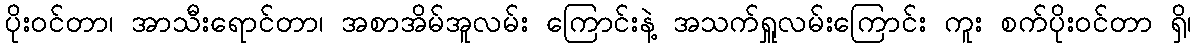
ပိုးဝင်တာ၊ အာသီးရောင်တာ၊ အစာအိမ်အူလမ်း ကြောင်းနဲ့ အသက်ရှူလမ်းကြောင်း ကူး စက်ပိုးဝင်တာ ရှိ၊